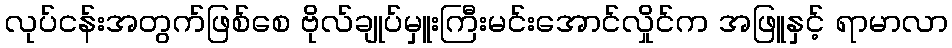
လုပ်ငန်းအတွက်ဖြစ်စေ ဗိုလ်ချုပ်မှူးကြီးမင်းအောင်လှိုင်က အဖြူနှင့် ရာမာလာ